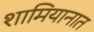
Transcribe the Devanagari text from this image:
शामियानात